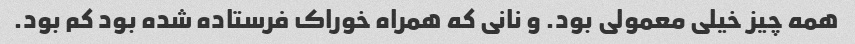
همه چیز خیلی معمولی بود. و نانی که همراه خوراک فرستاده شده بود کم بود.